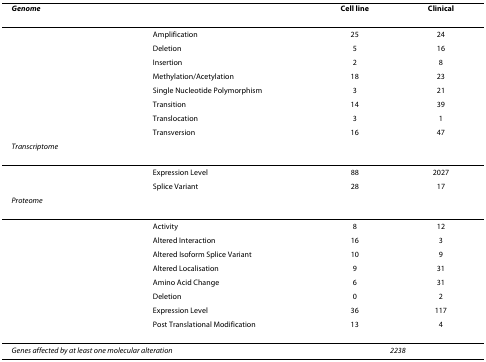
| <COLSPAN=2> Genome | Cell line | Clinical |
 | --- | --- | --- | --- |
 |  | Amplification | 25 | 24 |
 |  | Deletion | 5 | 16 |
 |  | Insertion | 2 | 8 |
 |  | Methylation/Acetylation | 18 | 23 |
 |  | Single Nucleotide Polymorphism | 3 | 21 |
 |  | Transition | 14 | 39 |
 |  | Translocation | 3 | 1 |
 |  | Transversion | 16 | 47 |
 | Transcriptome |  |  |  |
 |  | Expression Level | 88 | 2027 |
 |  | Splice Variant | 28 | 17 |
 | Proteome |  |  |  |
 |  | Activity | 8 | 12 |
 |  | Altered Interaction | 16 | 3 |
 |  | Altered Isoform Splice Variant | 10 | 9 |
 |  | Altered Localisation | 9 | 31 |
 |  | Amino Acid Change | 6 | 31 |
 |  | Deletion | 0 | 2 |
 |  | Expression Level | 36 | 117 |
 |  | Post Translational Modification | 13 | 4 |
 | <COLSPAN=2> Genes affected by at least one molecular alteration | <COLSPAN=2> 2238 |